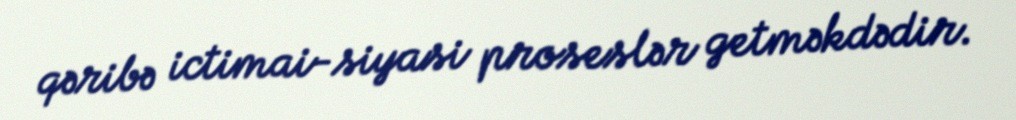
qəribə ictimai-siyasi proseslər getməkdədir.